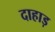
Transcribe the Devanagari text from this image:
दाहाड़